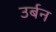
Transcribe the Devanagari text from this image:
उर्बन